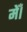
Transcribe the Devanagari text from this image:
मेँ।